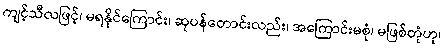
ကျင့်သီလဖြင့်၊ မရနိုင်ကြောင်း၊ ဆုပန်တောင်းလည်း၊ အကြောင်းမစုံ၊ မဖြစ်တုံဟု၊